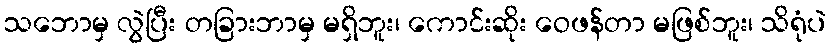
သဘောမှ လွဲပြီး တခြားဘာမှ မရှိဘူး၊ ကောင်းဆိုး ဝေဖန်တာ မဖြစ်ဘူး၊ သိရုံပဲ